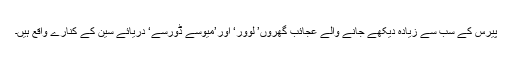
پیرس کے سب سے زیادہ دیکھے جانے والے عجائب گھروں’ لوور‘ اور’میوسے ڈورسے‘ دریائے سین کے کنارے واقع ہیں۔